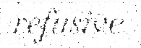
refusive